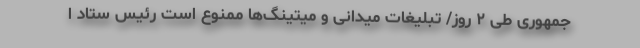
جمهوری طی ۲ روز/ تبلیغات میدانی و میتینگ‌ها ممنوع است رئیس ستاد ا